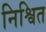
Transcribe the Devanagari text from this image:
निश्वित